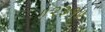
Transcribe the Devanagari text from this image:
॥२३१॥